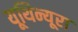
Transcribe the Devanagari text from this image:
यूथिन्यूरा